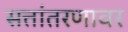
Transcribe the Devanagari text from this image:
सत्तांतरणावर